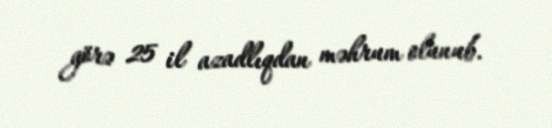
görə 25 il azadlıqdan məhrum olunub.